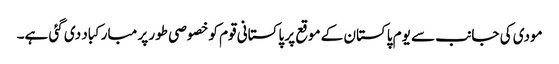
مودی کی جانب سے یوم پاکستان کے موقع پر پاکستانی قوم کو خصوصی طور پر مبارکباد دی گئی ہے۔